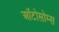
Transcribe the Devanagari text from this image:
ऑटोसोम्स